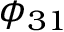
\phi _ { 3 1 }